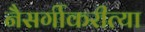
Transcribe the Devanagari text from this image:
नैसर्गीकरीत्या